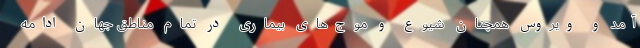
آمد و ویروس همچنان شیوع و موج‌های بیماری در تمام مناطق جهان ادامه